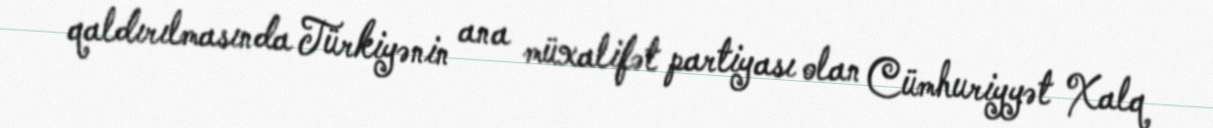
qaldırılmasında Türkiyənin ana müxalifət partiyası olan Cümhuriyyət Xalq